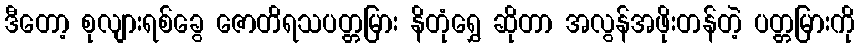
ဒီတော့ စုလျားရစ်ခွေ ဇောတိရသပတ္တမြား နိတုံရွှေ ဆိုတာ အလွန်အဖိုးတန်တဲ့ ပတ္တမြားကို